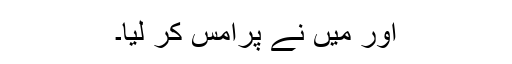
اور میں نے پرامس کر لیا۔